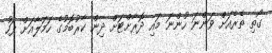
ގޯތި ތެރެއަށް ވަންނަ ހުންނަ މައި ދޮރާށްޓަށް ދިން ކާރުބޮމުގެ ހަމަލާއަށް ފަހު